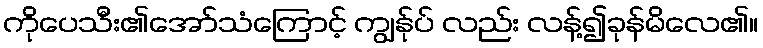
ကိုပေသီး၏အော်သံကြောင့် ကျွန်ုပ် လည်း လန့်၍ခုန်မိလေ၏။